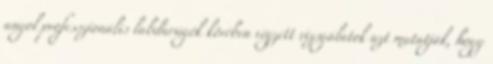
angol professzionális labdarúgók körében végzett vizsgálatok azt mutatják, hogy